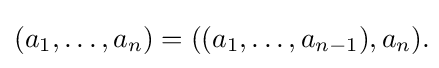
(a_{1},\ldots ,a_{n})=((a_{1},\ldots ,a_{n-1}),a_{n}).\!